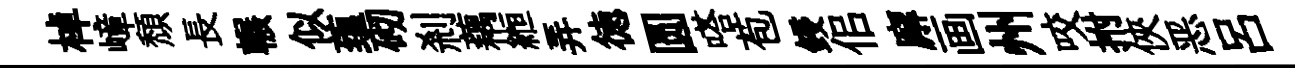
棹嶂頹長輾似蕴砌剎藕縆弄徳圆嗒苞鋟佀廨画州咬拊俠恶吕